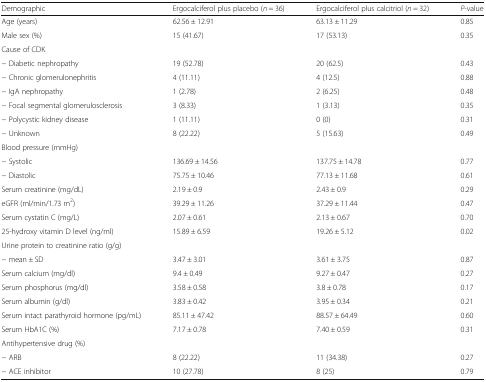
<table><thead><tr><td><b>Demographic</b></td><td><b>Ergocalciferol plus placebo (<i>n</i> = 36)</b></td><td><b>Ergocalciferol plus calcitriol (<i>n</i> = 32)</b></td><td><b><i>P</i>-value</b></td></tr></thead><tbody><tr><td>Age (years)</td><td>62.56 ± 12.91</td><td>63.13 ± 11.29</td><td>0.85</td></tr><tr><td>Male sex (%)</td><td>15 (41.67)</td><td>17 (53.13)</td><td>0.35</td></tr><tr><td colspan="4">Cause of CDK</td></tr><tr><td>− Diabetic nephropathy</td><td>19 (52.78)</td><td>20 (62.5)</td><td>0.43</td></tr><tr><td>− Chronic glomerulonephritis</td><td>4 (11.11)</td><td>4 (12.5)</td><td>0.88</td></tr><tr><td>− IgA nephropathy</td><td>1 (2.78)</td><td>2 (6.25)</td><td>0.48</td></tr><tr><td>− Focal segmental glomerulosclerosis</td><td>3 (8.33)</td><td>1 (3.13)</td><td>0.35</td></tr><tr><td>− Polycystic kidney disease</td><td>1 (11.11)</td><td>0 (0)</td><td>0.31</td></tr><tr><td>− Unknown</td><td>8 (22.22)</td><td>5 (15.63)</td><td>0.49</td></tr><tr><td colspan="4">Blood pressure (mmHg)</td></tr><tr><td>− Systolic</td><td>136.69 ± 14.56</td><td>137.75 ± 14.78</td><td>0.77</td></tr><tr><td>− Diastolic</td><td>75.75 ± 10.46</td><td>77.13 ± 11.68</td><td>0.61</td></tr><tr><td>Serum creatinine (mg/dL)</td><td>2.19 ± 0.9</td><td>2.43 ± 0.9</td><td>0.29</td></tr><tr><td>eGFR (ml/min/1.73 m<sup>2</sup>)</td><td>39.29 ± 11.26</td><td>37.29 ± 11.44</td><td>0.47</td></tr><tr><td>Serum cystatin C (mg/L)</td><td>2.07 ± 0.61</td><td>2.13 ± 0.67</td><td>0.70</td></tr><tr><td>25-hydroxy vitamin D level (ng/ml)</td><td>15.89 ± 6.59</td><td>19.26 ± 5.12</td><td>0.02</td></tr><tr><td colspan="4">Urine protein to creatinine ratio (g/g)</td></tr><tr><td>− mean ± SD</td><td>3.47 ± 3.01</td><td>3.61 ± 3.75</td><td>0.87</td></tr><tr><td>Serum calcium (mg/dl)</td><td>9.4 ± 0.49</td><td>9.27 ± 0.47</td><td>0.27</td></tr><tr><td>Serum phosphorus (mg/dl)</td><td>3.58 ± 0.58</td><td>3.8 ± 0.78</td><td>0.17</td></tr><tr><td>Serum albumin (g/dl)</td><td>3.83 ± 0.42</td><td>3.95 ± 0.34</td><td>0.21</td></tr><tr><td>Serum intact parathyroid hormone (pg/mL)</td><td>85.11 ± 47.42</td><td>88.57 ± 64.49</td><td>0.60</td></tr><tr><td>Serum HbA1C (%)</td><td>7.17 ± 0.78</td><td>7.40 ± 0.59</td><td>0.31</td></tr><tr><td colspan="4">Antihypertensive drug (%)</td></tr><tr><td>− ARB</td><td>8 (22.22)</td><td>11 (34.38)</td><td>0.27</td></tr><tr><td>− ACE inhibitor</td><td>10 (27.78)</td><td>8 (25)</td><td>0.79</td></tr></tbody></table>